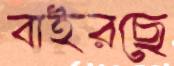
বাইরছে